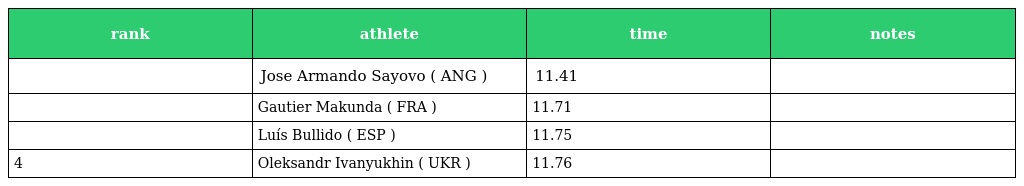
| rank | athlete | time | notes |
 | --- | --- | --- | --- |
 |  | Jose Armando Sayovo ( ANG ) | 11.41 |  |
 |  | Gautier Makunda ( FRA ) | 11.71 |  |
 |  | Luís Bullido ( ESP ) | 11.75 |  |
 | 4 | Oleksandr Ivanyukhin ( UKR ) | 11.76 |  |